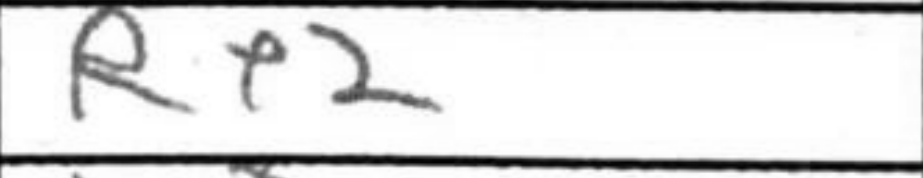
Transcription: Re2